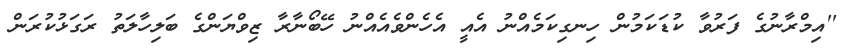
''އިމްރާނުގެ ފަރުވާ ކުޑަކަމުން ހިނގިކަމެއްނު އެއީ އެހެންވެއެއްނު ހޭބޯނާރާ ޒިވްޔަންގެ ބަލިހާލަތު ރަގަޅުކުރަން